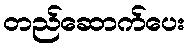
တည်ဆောက်ပေး